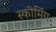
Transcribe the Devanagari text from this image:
स्कीमिंग